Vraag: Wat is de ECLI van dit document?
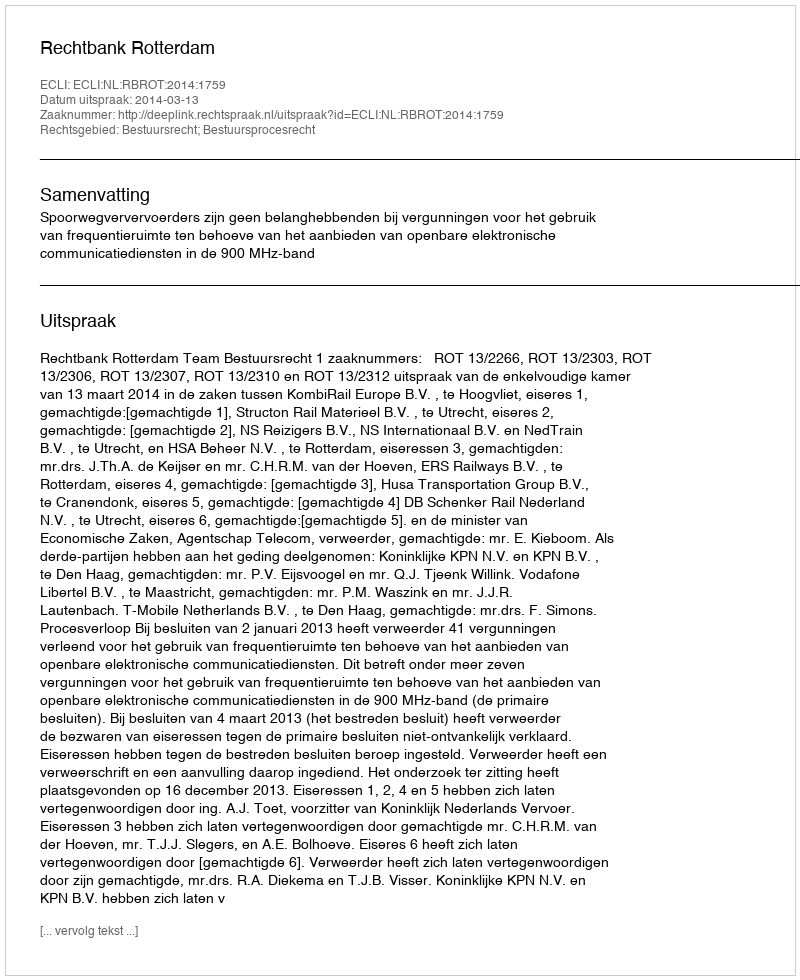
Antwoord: ECLI:NL:RBROT:2014:1759